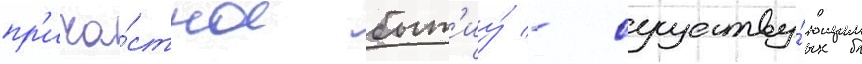
пр'ича́стное быт'иу́ - существу́ющим